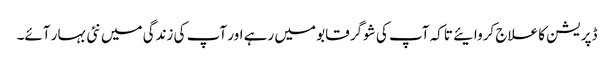
ڈپریشن کا علاج کروایئے تاکہ آپ کی شوگر قابو میں رہے اور آپ کی زندگی میں نئی بہار آئے۔